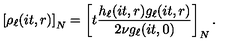
\left[ \rho _ { \ell } ( i t , r ) \right] _ { N } = \left[ t \frac { h _ { \ell } ( i t , r ) g _ { \ell } ( i t , r ) } { 2 \nu g _ { \ell } ( i t , 0 ) } \right] _ { N } .